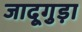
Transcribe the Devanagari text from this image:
जादूगुड़ा